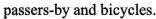
about passers-by and bicycles.